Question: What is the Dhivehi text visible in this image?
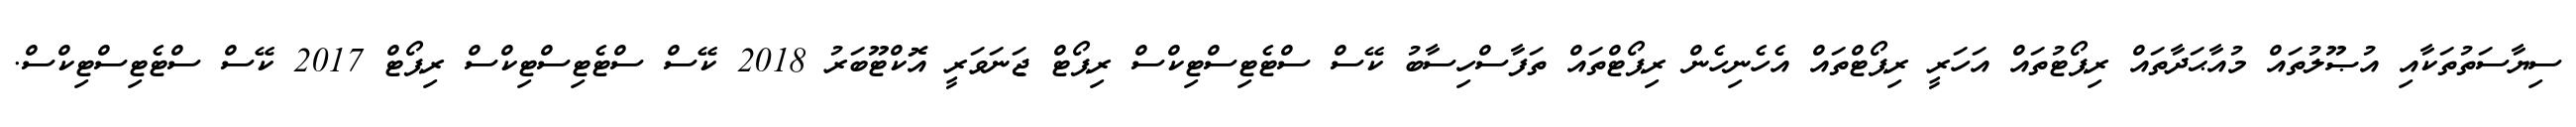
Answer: ސިޔާސަތުތަކާއި އުޞޫލުތައް މުއާޙަދާތައް ރިޕޯޓުތައް އަހަރީ ރިޕޯޓްތައް އެހެނިހެން ރިޕޯޓްތައް ތަފާސްހިސާބު ކޭސް ސްޓެޓިސްޓިކްސް ރިޕޯޓް ޖަނަވަރީ އޮކްޓޫބަރު 2018 ކޭސް ސްޓެޓިސްޓިކްސް ރިޕޯޓް 2017 ކޭސް ސްޓެޓިސްޓިކްސް.